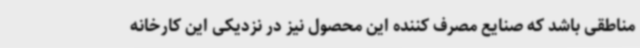
مناطقی باشد که صنایع مصرف کننده این محصول نیز در نزدیکی این کارخانه